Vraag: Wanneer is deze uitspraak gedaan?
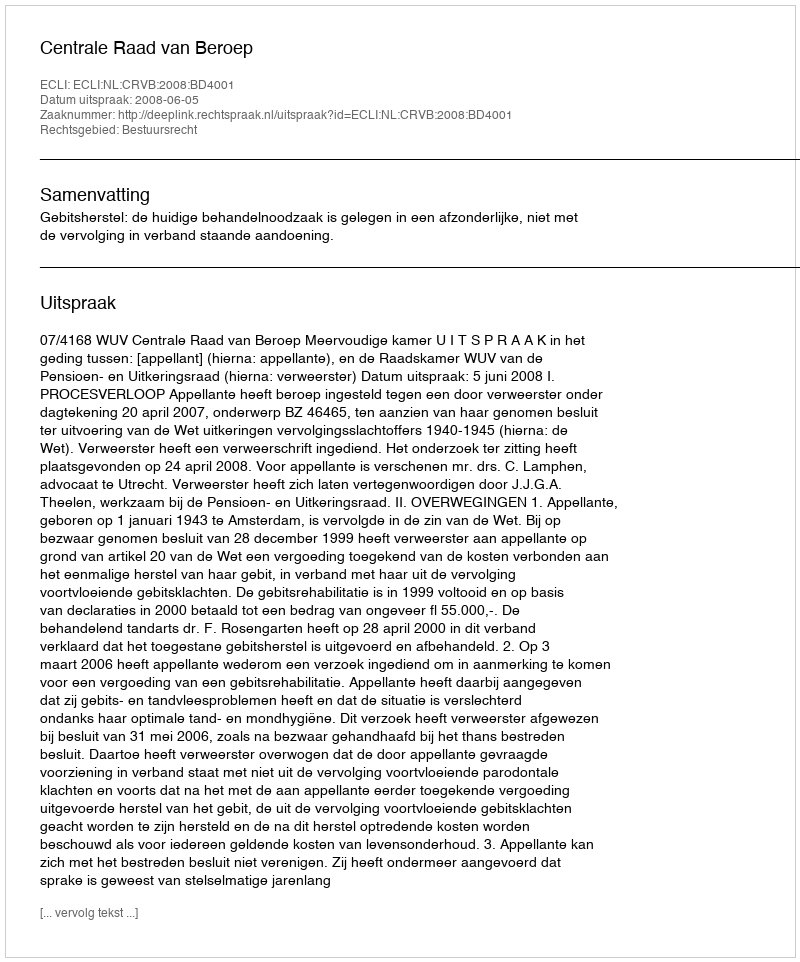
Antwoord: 2008-06-05